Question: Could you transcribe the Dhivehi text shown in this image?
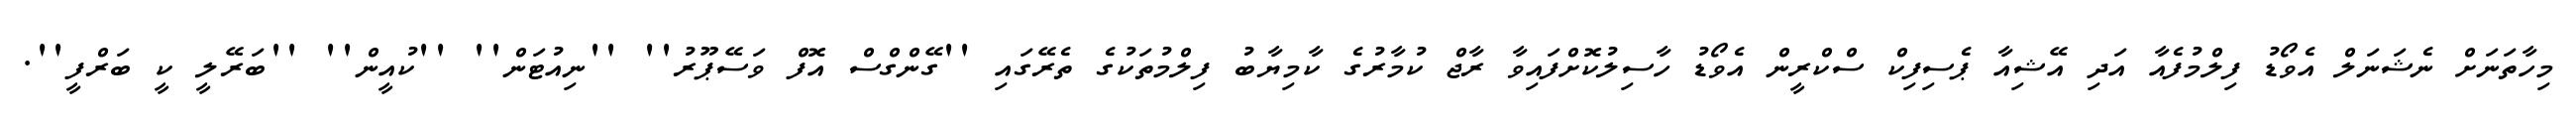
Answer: މިހާތަނަށް ނެޝަނަލް އެވޯޑު ފިލްމުފެއާ އަދި އޭޝިއާ ޕެސިފިކް ސްކްރީން އެވޯޑު ހާސިލުކޮށްފައިވާ ރާޖް ކުމާރުގެ ކާމިޔާބު ފިލްމުތަކުގެ ތެރޭގައި ''ގޭންގްސް އޮފް ވަސޭޕޫރު'' ''ނިއުޓަން'' ''ކުއީން'' ''ބަރޭލީ ކީ ބަރްފީ''.